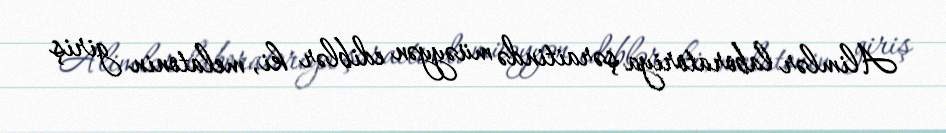
Alimlər laboratoriya şəraitində müəyyən ediblər ki, melatonin giriş